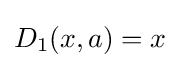
D_{1}(x,a)=x